system: You are a helpful assistant.
user:
Analyze the provided spectrum to determine if it is a **"Cataclysmic Variables (CV)"**.

- **Key Indicators for CV (Check for either state):**
    - **State 1: Quiescent / Low-State (Emission-Dominated)**
        - **(Primary):** Strong and *very broad* Hydrogen Balmer emission lines (e.g., $H\alpha$ at 6563 Å, $H\beta$ at 4861 Å). The 'broadness' (high velocity dispersion, often FWHM > 1000 km/s) is the key diagnostic, indicating a high-velocity accretion disk.
        - **(Secondary):** Broad neutral Helium (He I) emission lines (e.g., 5876 Å, 6678 Å).
        - **(Key Confirmation):** Presence of high-excitation *ionized* Helium (He II) emission at 4686 Å. This is a strong indicator of accretion onto a white dwarf.
        - **(Line Profile):** Emission lines may exhibit a 'double-peaked' profile, which is a classic signature of a rotating accretion disk viewed at high inclination.

    - **State 2: Outburst / High-State (Absorption-Dominated)**
        - **(Primary):** Spectrum is dominated by a bright, blue continuum (looks like a hot star).
        - **(Secondary):** The emission lines from State 1 are weak, absent, or 'filled in', and are replaced by broad, shallow *absorption* lines (primarily Balmer and He I).
        - **(Morphology):** The overall spectrum mimics a hot B/A-type star. The crucial difference is that the absorption lines are significantly broader, shallower, and more 'washed-out' (or 'smeared') than the sharp lines of a normal stellar photosphere, due to high rotational speeds and pressure broadening in the disk.

Think first, call **spectral_visualization_tool** if needed to examine features in detail, then provide your final answer. Your response must adhere to the following strict rules:
1.  **Overall Structure:** Your response must follow the format `<think>...</think> <tool_call>...</tool_call> (if a tool is used) <answer>...</answer>`.
2.  **Tool Usage Constraint:** You may only make **one** tool call per turn.
3.  **Final Answer Format:** In the `<answer>` tag, your conclusion must be inside a `\boxed{}` command (e.g., `\boxed{YES}`), followed by your justification.

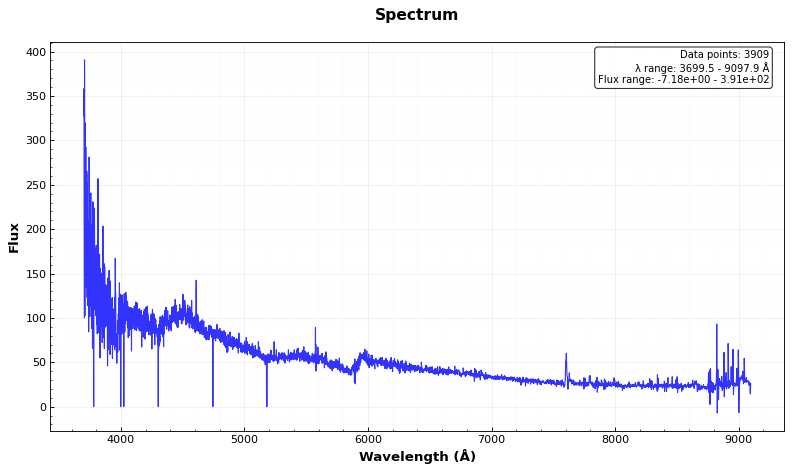
Answer: NO